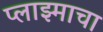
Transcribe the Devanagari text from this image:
प्लाझ्माचा